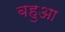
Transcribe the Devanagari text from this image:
बहुआ